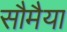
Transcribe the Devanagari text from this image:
सौमैया